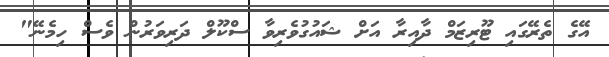
އޭގެ ތެރޭގައި ޓޫރިޒަމް ދާއިރާ އަށް ޝައުގުވެރިވާ ސްކޫލް ދަރިވަރުން ވެސް ހިމެނޭ"